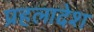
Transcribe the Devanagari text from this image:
प्रहलादेश